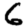
Digit: 6